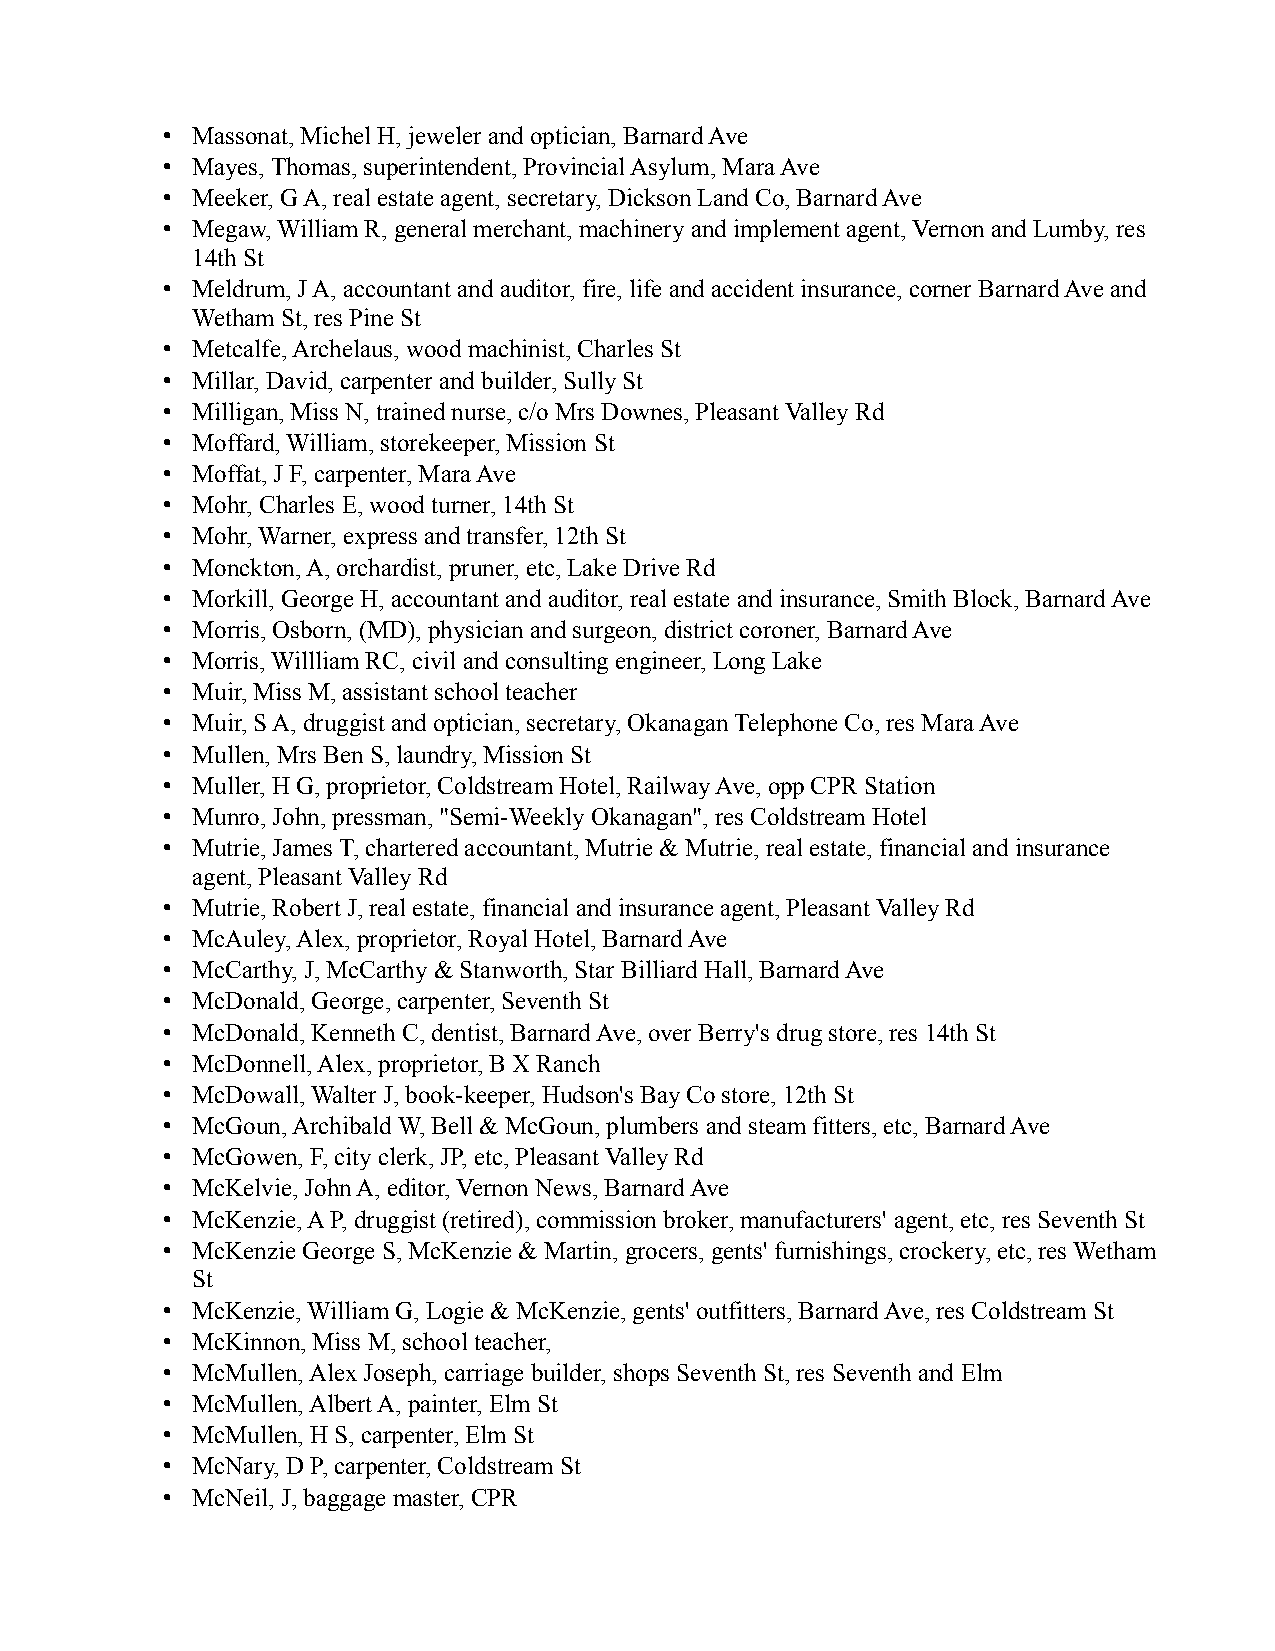
• Massonat, Michel H, jeweler and optician, Barnard Ave
 • Mayes, Thomas, superintendent, Provincial Asylum, Mara Ave
 • Meeker, G A, real estate agent, secretary, Dickson Land Co, Barnard Ave
 • Megaw, William R, general merchant, machinery and implement agent, Vernon and Lumby, res
 14th St
 • Meldrum, J A, accountant and auditor, fire, life and accident insurance, corner Barnard Ave and
 Wetham St, res Pine St
 • Metcalfe, Archelaus, wood machinist, Charles St
 • Millar, David, carpenter and builder, Sully St
 • Milligan, Miss N, trained nurse, c/o Mrs Downes, Pleasant Valley Rd
 • Moffard, William, storekeeper, Mission St
 • Moffat, J F, carpenter, Mara Ave
 • Mohr, Charles E, wood turner, 14th St
 • Mohr, Warner, express and transfer, 12th St
 • Monckton, A, orchardist, pruner, etc, Lake Drive Rd
 • Morkill, George H, accountant and auditor, real estate and insurance, Smith Block, Barnard Ave
 • Morris, Osborn, (MD), physician and surgeon, district coroner, Barnard Ave
 • Morris, Willliam RC, civil and consulting engineer, Long Lake
 • Muir, Miss M, assistant school teacher
 • Muir, S A, druggist and optician, secretary, Okanagan Telephone Co, res Mara Ave
 • Mullen, Mrs Ben S, laundry, Mission St
 • Muller, H G, proprietor, Coldstream Hotel, Railway Ave, opp CPR Station
 • Munro, John, pressman, "Semi-Weekly Okanagan", res Coldstream Hotel
 • Mutrie, James T, chartered accountant, Mutrie & Mutrie, real estate, financial and insurance
 agent, Pleasant Valley Rd
 • Mutrie, Robert J, real estate, financial and insurance agent, Pleasant Valley Rd
 • McAuley, Alex, proprietor, Royal Hotel, Barnard Ave
 • McCarthy, J, McCarthy & Stanworth, Star Billiard Hall, Barnard Ave
 • McDonald, George, carpenter, Seventh St
 • McDonald, Kenneth C, dentist, Barnard Ave, over Berry's drug store, res 14th St
 • McDonnell, Alex, proprietor, B X Ranch
 • McDowall, Walter J, book-keeper, Hudson's Bay Co store, 12th St
 • McGoun, Archibald W, Bell & McGoun, plumbers and steam fitters, etc, Barnard Ave
 • McGowen, F, city clerk, JP, etc, Pleasant Valley Rd
 • McKelvie, John A, editor, Vernon News, Barnard Ave
 • McKenzie, A P, druggist (retired), commission broker, manufacturers' agent, etc, res Seventh St
 • McKenzie George S, McKenzie & Martin, grocers, gents' furnishings, crockery, etc, res Wetham
 St
 • McKenzie, William G, Logie & McKenzie, gents' outfitters, Barnard Ave, res Coldstream St
 • McKinnon, Miss M, school teacher,
 • McMullen, Alex Joseph, carriage builder, shops Seventh St, res Seventh and Elm
 • McMullen, Albert A, painter, Elm St
 • McMullen, H S, carpenter, Elm St
 • McNary, D P, carpenter, Coldstream St
 • McNeil, J, baggage master, CPR